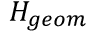
H _ { g e o m }